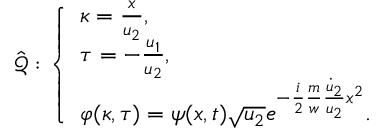
\hat { \mathcal { Q } } : \left\{ \begin{array} { l l } { \kappa = \frac { x } { u _ { 2 } } , } \\ { \tau = - \frac { u _ { 1 } } { u _ { 2 } } , } \\ { \varphi ( \kappa , \tau ) = \psi ( x , t ) \sqrt { u _ { 2 } } e ^ { - \frac { i } { 2 } \frac { m } { w } \frac { \dot { u } _ { 2 } } { u _ { 2 } } x ^ { 2 } } . } \end{array} \right.